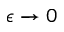
\epsilon \to 0